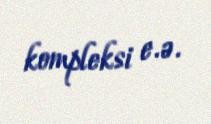
kompleksi e.ə.